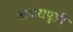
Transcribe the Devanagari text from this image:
अधरापृष्ठी